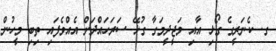
ގ. ކެނަރީގެ ގޯޅި އާއި މަޖީދީމަގާ ގުޅޭ ސަރަހައްދަށް އެއްވެފައި ތިބި މީހުން